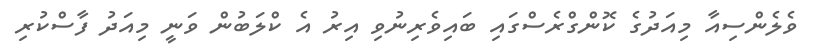
ވެލެންސިއާ މިއަދުގެ ކޮންގްރެސްގައި ބައިވެރިނުވި އިރު އެ ކްލަބުން ވަނީ މިއަދު ފާސްކުރި